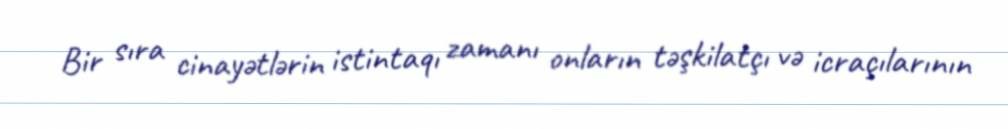
Bir sıra cinayətlərin istintaqı zamanı onların təşkilatçı və icraçılarının